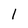
Character: l